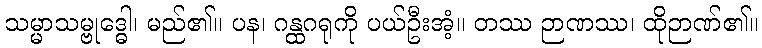
သမ္မာသမ္ဗုဒ္ဓေါ၊ မည်၏။ ပန၊ ဂန္ထဂရုကို ပယ်ဦးအံ့။ တဿ ဉာဏဿ၊ ထိုဉာဏ်၏။